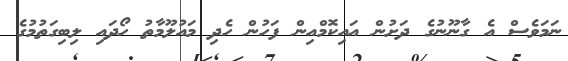
ނަމަވެސް އެ ގާނޫނުގެ ދަށުން އައިކޮމްއިން ފަހުން ހެދި މައުލޫމާތު ހޯދައި ލިބިގަތުމުގެ